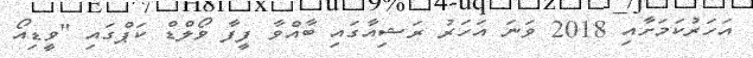
އަހަރުކަމަށާއި 2018 ވަނަ އަހަރު ރަޝިއާގައި ބާއްވާ ފީފާ ވޯލްޑް ކަޕްގައި "ވީޑިއޯ